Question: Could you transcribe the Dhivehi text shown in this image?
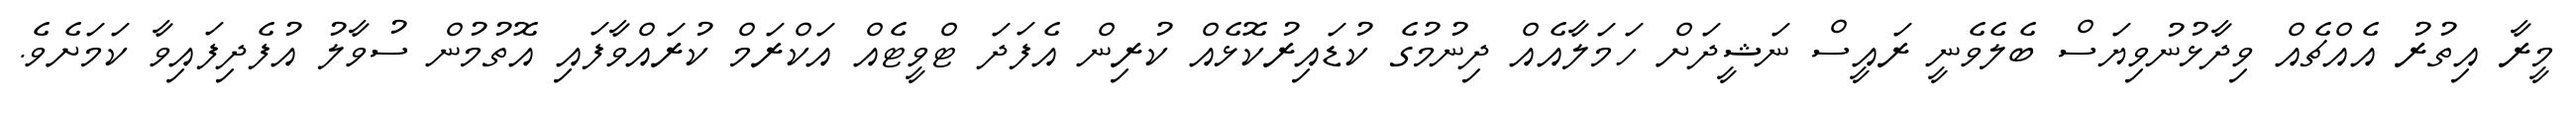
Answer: މީރާ އިތުރު އެއްޗެއް ވިދާޅުނުވިޔަސް ބެލެވެނީ ރައީސް ނަޝީދަށް ހަމަލާއެއް ދިނުމުގެ ކުޑައިރުކޮޅެއް ކުރިން އެފަދަ ޓްވީޓެއް އަކްރަމް ކުރައްވާފައި އޮތުމުން ސުވާލު އުފެދިފައިވާ ކަމަށެވެ.